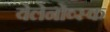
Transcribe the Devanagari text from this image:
येलेनोव्स्क